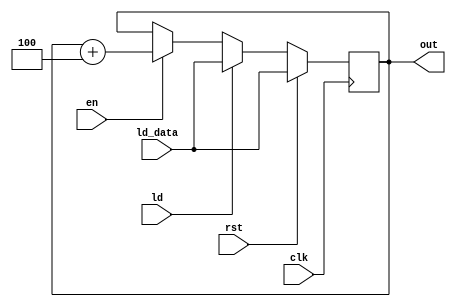
module incrementerby4(clk, en, rst, ld, ld_data, out);
    input clk, en, rst, ld;
    output reg [7:0] out;
    input [7:0] ld_data;
    always @(posedge clk) begin
        if (rst) begin
            out <= ld_data;
        
        end
        else if (ld) begin
            out <= ld_data;
        end 
        else if (en) begin
            out <= out + 4;
        end
    end

endmodule